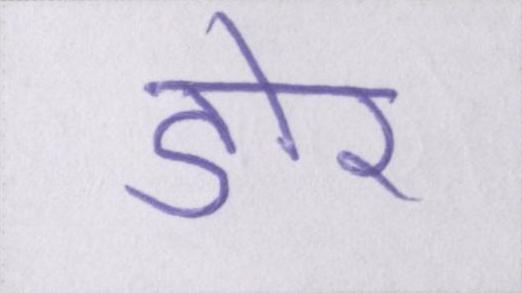
डोर